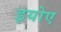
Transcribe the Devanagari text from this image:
इयोए